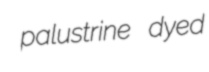
palustrine dyed